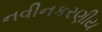
નવીનકરણીય